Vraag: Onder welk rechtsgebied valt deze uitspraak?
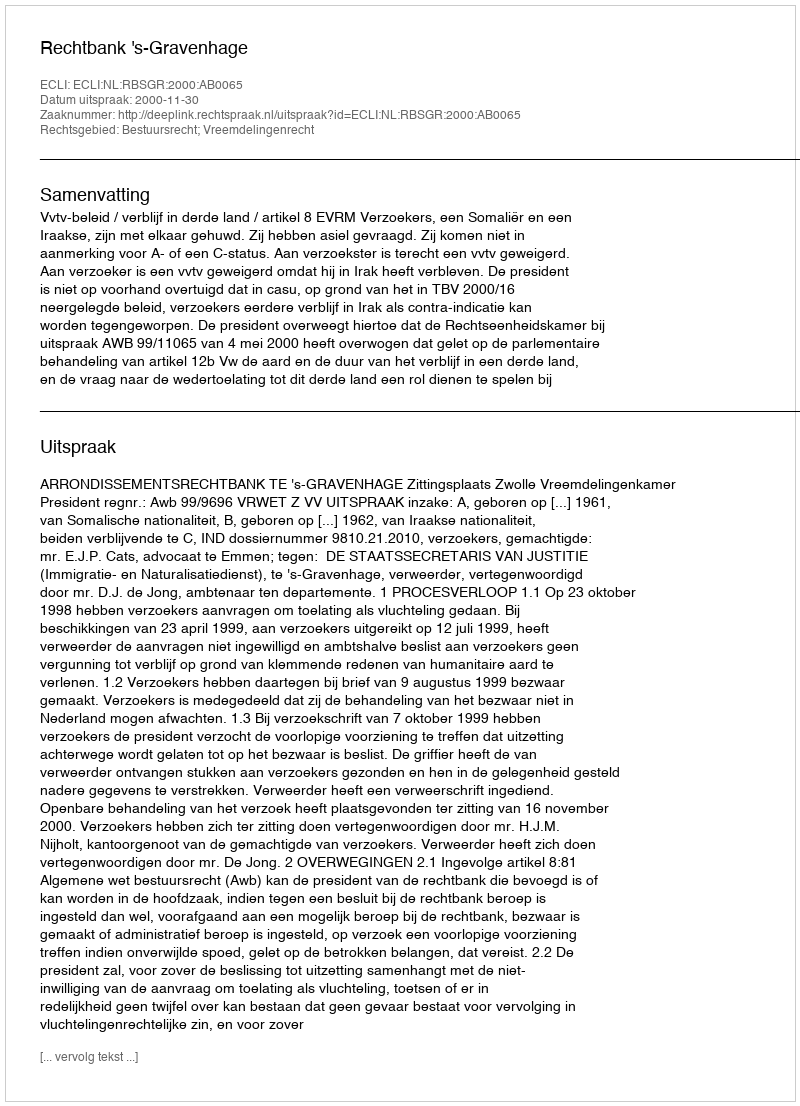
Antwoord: Bestuursrecht; Vreemdelingenrecht